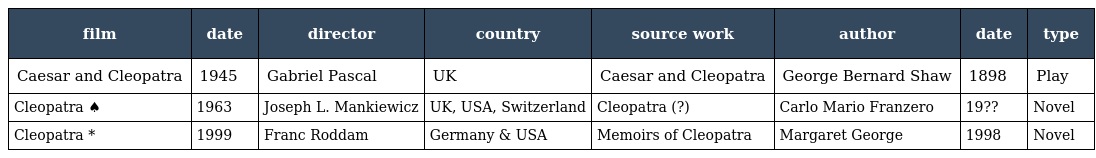
| film | date | director | country | source work | author | date | type |
 | --- | --- | --- | --- | --- | --- | --- | --- |
 | Caesar and Cleopatra | 1945 | Gabriel Pascal | UK | Caesar and Cleopatra | George Bernard Shaw | 1898 | Play |
 | Cleopatra ♠ | 1963 | Joseph L. Mankiewicz | UK, USA, Switzerland | Cleopatra (?) | Carlo Mario Franzero | 19?? | Novel |
 | Cleopatra * | 1999 | Franc Roddam | Germany & USA | Memoirs of Cleopatra | Margaret George | 1998 | Novel |